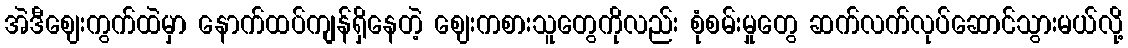
အဲဒီဈေးကွက်ထဲမှာ နောက်ထပ်ကျန်ရှိနေတဲ့ ဈေးကစားသူတွေကိုလည်း စုံစမ်းမှုတွေ ဆက်လက်လုပ်ဆောင်သွားမယ်လို့